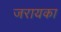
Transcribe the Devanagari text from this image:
जरायका